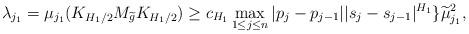
LaTeX: \begin{align*}\lambda_{j_1}=\mu_{j_1}(K_{H_1/2}M_{\widetilde{g}}K_{H_1/2})\geq c_{H_1}\max_{1\leq j\leq n}|p_j-p_{j-1}||s_j-s_{j-1}|^{H_1}\}\widetilde{\mu}_{j_1}^2,\end{align*}